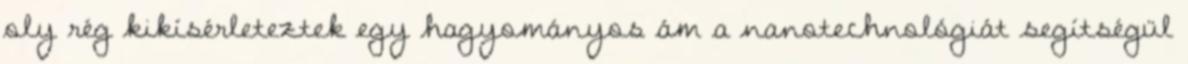
oly rég kikísérleteztek egy hagyományos ám a nanotechnológiát segítségül